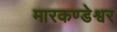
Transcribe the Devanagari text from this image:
मारकण्डेश्वर